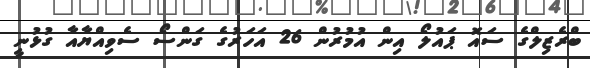
ބްރެޒިލްގެ ސައޮ ޕައުލޯ އިން އުމުރުން 26 އަހަރުގެ ގަންސޯ ސެވިއްޔާއާ ގުޅުނީ